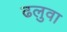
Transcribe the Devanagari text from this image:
ढलुवा